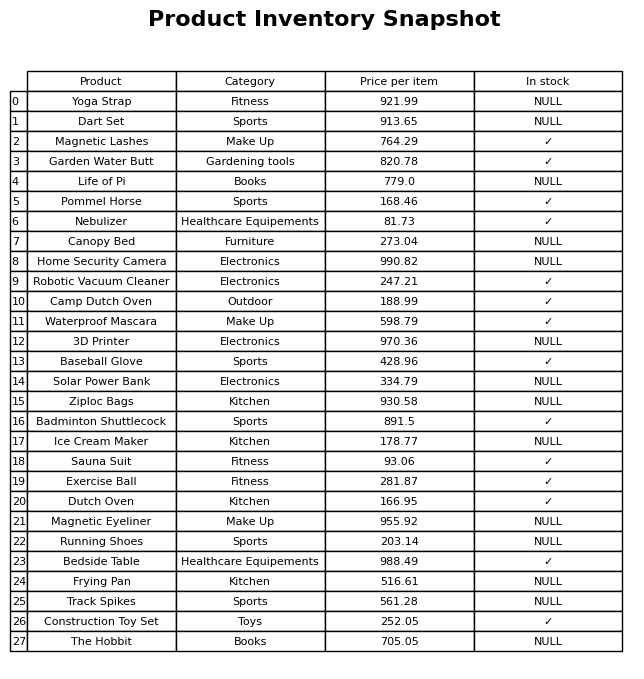
question: What is the price of the Camp Dutch Oven?
answer: The price of Camp Dutch Oven is 188.99.